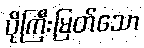
ပိုကြီးမြတ်သော